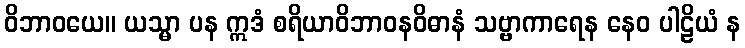
ဝိဘာဝယေ။ ယသ္မာ ပန ဣဒံ စရိယာဝိဘာဝနဝိဓာနံ သဗ္ဗာကာရေန နေဝ ပါဠိယံ န